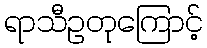
ရာသီဥတုကြောင့်